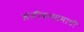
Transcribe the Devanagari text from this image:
संजीवनसमाधी